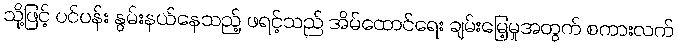
သို့ဖြင့် ပင်ပန်း နွမ်းနယ်နေသည့် ဖရင့်သည် အိမ်ထောင်ရေး ချမ်းမြေ့မှုအတွက် စကားလက်